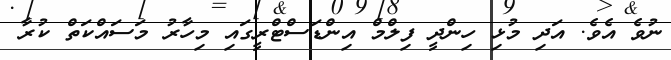
ނުވެ އެވެ. އަދި މުޅި ހިންދީ ފިލްމް އިންޑަސްޓްރީގައި މިހާރު މަސައްކަތް ކުރާ